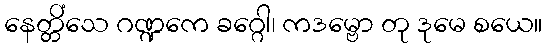
နေတ္တိံသေ ဂဏ္ဍကေ ခဂ္ဂေါ၊ ကဒမ္ဗော တု ဒုမေ စယေ။